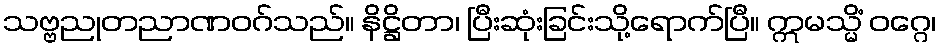
သဗ္ဗညုတညာဏဝဂ်သည်။ နိဋ္ဌိတာ၊ ပြီးဆုံးခြင်းသို့ရောက်ပြီ။ ဣမသ္မိံ ဝဂ္ဂေ၊